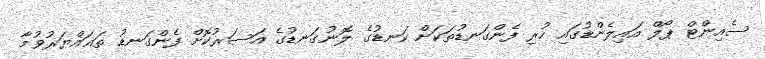
ސެއިންޓް ޕޯލް އައިލެންޑުގައި ހުރި ފެންގަނޑުތަކަށް ކަނޑުގެ ލޮނުގަނޑުގެ އަސަރުކޮށް ފެންގަނޑު ތަޣައްޔަރުވުމާ